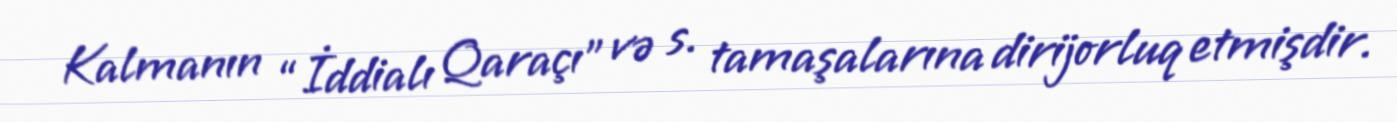
Kalmanın “İddialı Qaraçı” və s. tamaşalarına dirijorluq etmişdir.